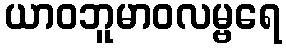
ယာဝဘူမာဝလမ္ဗရေ